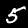
Digit: 5